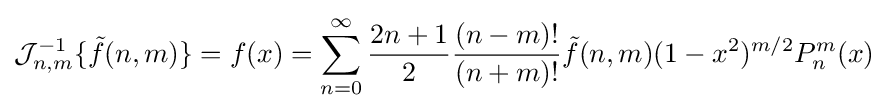
{\mathcal {J}}_{n,m}^{-1}\{{\tilde {f}}(n,m)\}=f(x)=\sum _{n=0}^{\infty }{\frac {2n+1}{2}}{\frac {(n-m)!}{(n+m)!}}{\tilde {f}}(n,m)(1-x^{2})^{m/2}P_{n}^{m}(x)